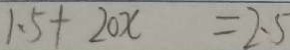
1 . 5 + 2 0 x = 2 . 5